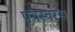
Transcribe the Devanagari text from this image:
पत्रस्वरस